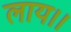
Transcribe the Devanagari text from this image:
लाय।।